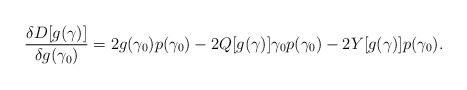
LaTeX: \begin{align*}\frac{\delta D[g(\gamma)]}{\delta g(\gamma_0)} = 2g(\gamma_0)p(\gamma_0) - 2Q[g(\gamma)]\gamma_0p(\gamma_0) - 2Y[g(\gamma)]p(\gamma_0).\end{align*}